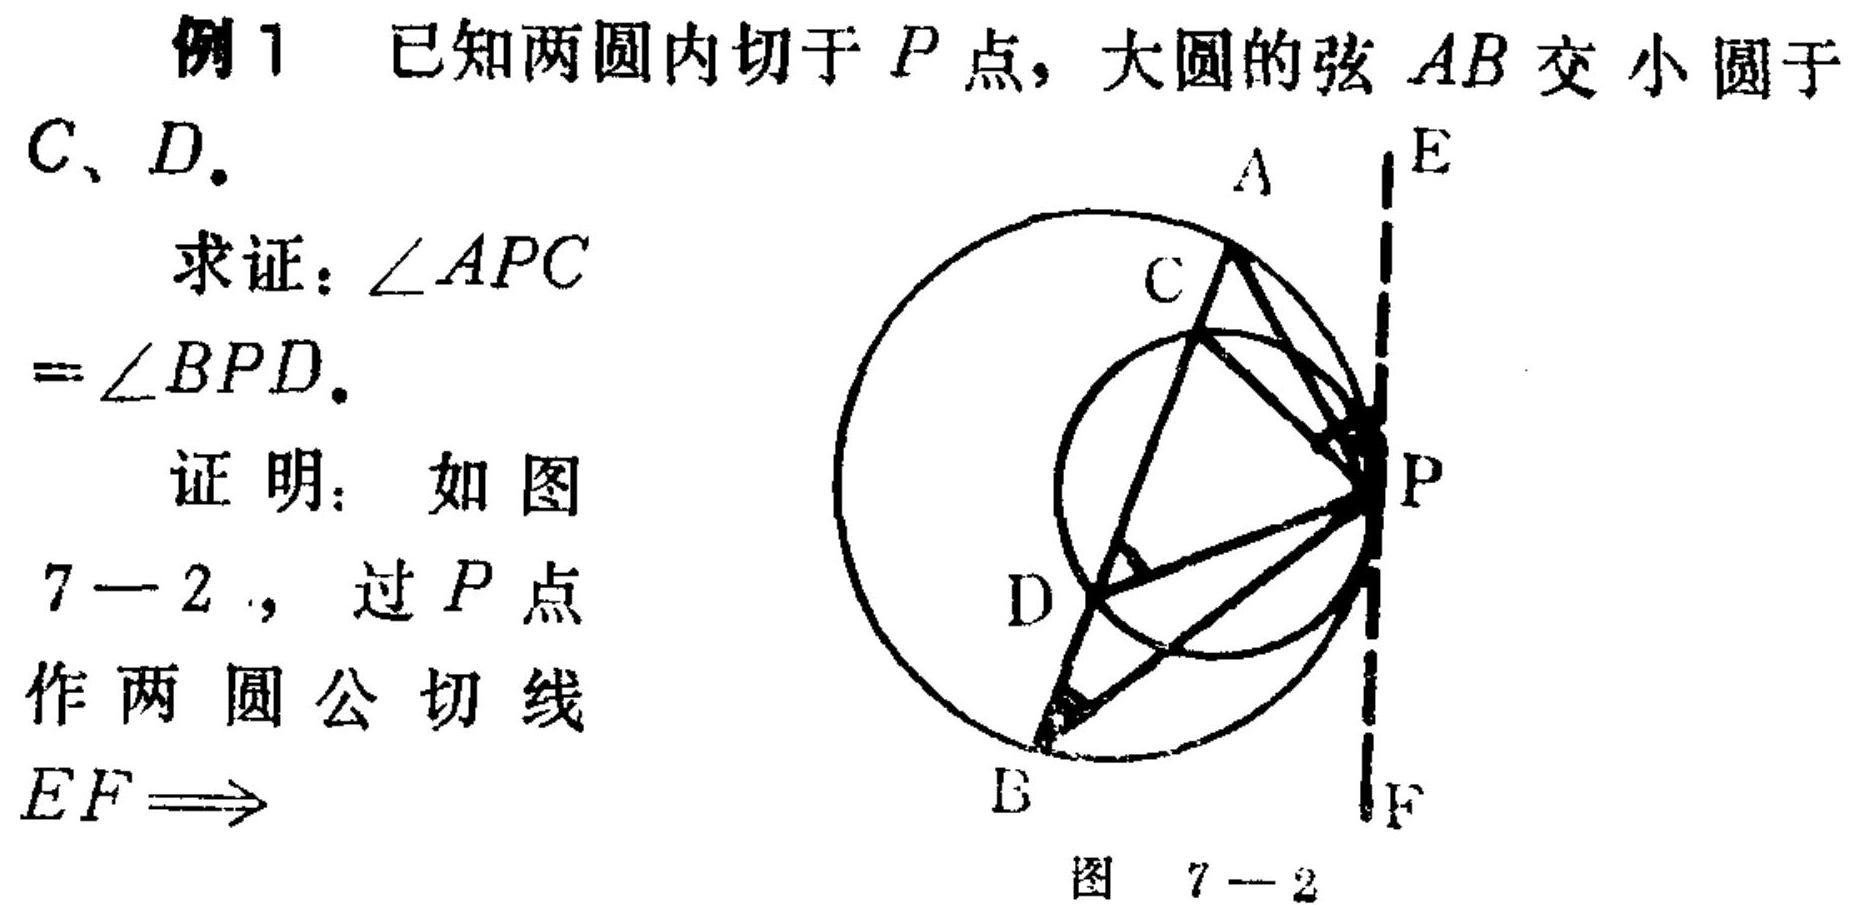
例1 已知两圆内切于\(P\)点，大圆的弦\(AB\)交小圆于\(C、D\).
求证：\(\angle APC=\angle BPD\).
证明：如图7 - 2，过\(P\)点作两圆公切线\(EF\Rightarrow\)